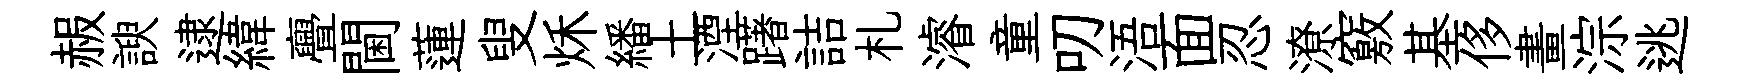
赧諛逮緯亹閫蓮叟秌繙土湮躇詰札濬童叨浯面忍潦竅基侈畫淙逃